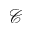
\mathscr { C }